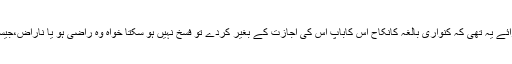
| امام مالک، شافعی، احمد اور اسحاق کی رائے یہ تھی کہ کنواری بالغہ کانکاح اس کاباپ اس کی اجازت کے بغیر کردے تو فسخ نہیں ہو سکتا خواہ وہ راضی ہو یا ناراض،جیسا کہ امام ترمذیؒ نے ان کا قول نقل کیا ہے۔